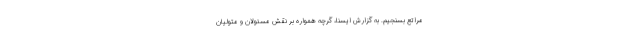
مراتع بسنجیم. به گزارش ایسنا، گرچه همواره بر نقش مسئولان و متولیان